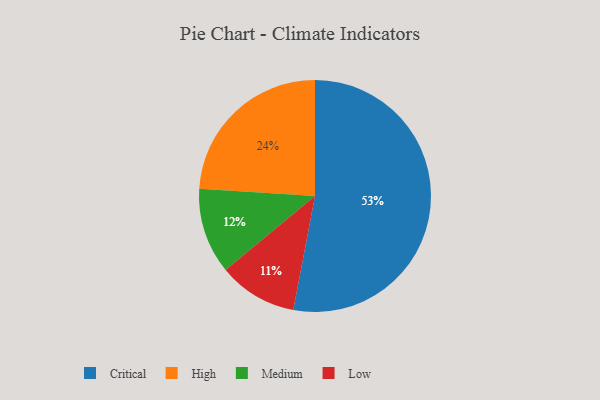
{"axis": {"x": "Category", "y": "Percentage"}, "legend": ["Critical", "High", "Low", "Medium"], "data": [{"x": "Critical", "y": 53, "type": "Critical"}, {"x": "Medium", "y": 12, "type": "Medium"}, {"x": "High", "y": 24, "type": "High"}, {"x": "Low", "y": 11, "type": "Low"}]}